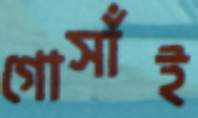
গোসাঁই